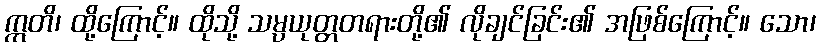
ဣတိ၊ ထို့ကြောင့်။ ထိုသို့ သမ္ပယုတ္တတရားတို့၏ လိုချင်ခြင်း၏ အဖြစ်ကြောင့်။ သော၊